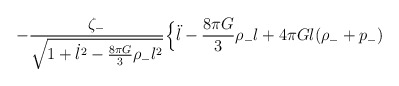
\begin{align*}-\frac{\zeta_{-}}{\sqrt{1+\dot{l}^{2}-\frac{8\pi G}{3}\rho_{-}l^{2}}} \Bigl\{\ddot{l} -\frac{8\pi G}{3}\rho_{-}l+4\pi Gl(\rho_{-}+p_{-})\end{align*}